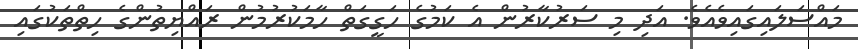
މައްސަލައިގައިވެއެވެ. އަދި މި ސަރުކާރުން އެ ކަމުގެ ހަގީގަތް ހާމަކުރުމުން ރައްޔިތުންގެ ހިތްތަކުގައި